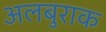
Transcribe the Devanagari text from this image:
अलबुराक